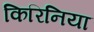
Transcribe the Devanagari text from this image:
किरिनिया